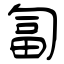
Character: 匐